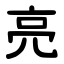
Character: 亮